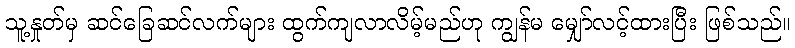
သူ့နှုတ်မှ ဆင်ခြေဆင်လက်များ ထွက်ကျလာလိမ့်မည်ဟု ကျွန်မ မျှော်လင့်ထားပြီး ဖြစ်သည်။